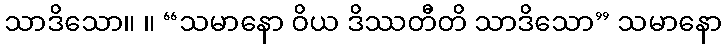
သာဒိသော။ ။ “သမာနော ဝိယ ဒိဿတီတိ သာဒိသော” သမာနော